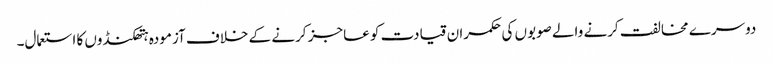
دوسرے مخالفت کرنے والے صوبوں کی حکمران قیادت کو عاجز کرنے کے خلاف آزمودہ ہتھکنڈوں کا استعمال۔